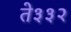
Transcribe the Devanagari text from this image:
ते३३२